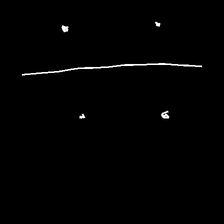
Glyph: cool